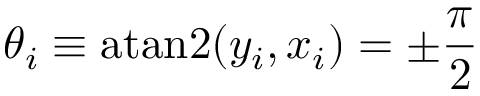
\theta _ { i } \equiv \mathrm { a t a n 2 } ( y _ { i } , x _ { i } ) = \pm \frac { \pi } { 2 }